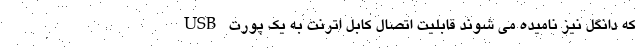
که دانگل نیز نامیده می شوند قابلیت اتصال کابل اترنت به یک پورت USB